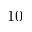
1 0